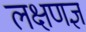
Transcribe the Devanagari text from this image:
लक्षणज्ञ